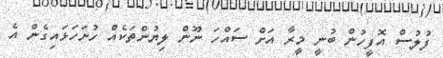
ފުލުސް އޮފީހުން ބުނީ މީރާ އަށް ސައްހަ ނޫން ލިޔުންތަކެއް ހުށަހަޅައިގެން އެ